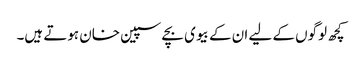
کچھ لوگوں کے لیے ان کے بیوی بچے سپین خان ہوتے ہیں۔